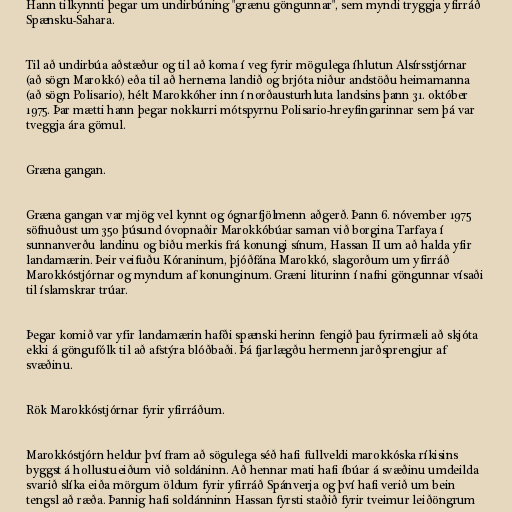
Hann tilkynnti þegar um undirbúning "grænu göngunnar", sem myndi tryggja yfirráð
Spænsku-Sahara.

Til að undirbúa aðstæður og til að koma í veg fyrir mögulega íhlutun Alsírsstjórnar
(að sögn Marokkó) eða til að hernema landið og brjóta niður andstöðu heimamanna
(að sögn Polisario), hélt Marokkóher inn í norðausturhluta landsins þann 31. október
1975. Þar mætti hann þegar nokkurri mótspyrnu Polisario-hreyfingarinnar sem þá var
tveggja ára gömul.

Græna gangan.

Græna gangan var mjög vel kynnt og ógnarfjölmenn aðgerð. Þann 6. nóvember 1975
söfnuðust um 350 þúsund óvopnaðir Marokkóbúar saman við borgina Tarfaya í
sunnanverðu landinu og biðu merkis frá konungi sínum, Hassan II um að halda yfir
landamærin. Þeir veifuðu Kóraninum, þjóðfána Marokkó, slagorðum um yfirráð
Marokkóstjórnar og myndum af konunginum. Græni liturinn í nafni göngunnar vísaði
til íslamskrar trúar.

Þegar komið var yfir landamærin hafði spænski herinn fengið þau fyrirmæli að skjóta
ekki á göngufólk til að afstýra blóðbaði. Þá fjarlægðu hermenn jarðsprengjur af
svæðinu.

Rök Marokkóstjórnar fyrir yfirráðum.

Marokkóstjórn heldur því fram að sögulega séð hafi fullveldi marokkóska ríkisins
byggst á hollustueiðum við soldáninn. Að hennar mati hafi íbúar á svæðinu umdeilda
svarið slíka eiða mörgum öldum fyrir yfirráð Spánverja og því hafi verið um bein
tengsl að ræða. Þannig hafi soldánninn Hassan fyrsti staðið fyrir tveimur leiðöngrum